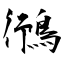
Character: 鴴